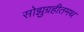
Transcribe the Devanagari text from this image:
सोझुग्रहीतमथ